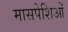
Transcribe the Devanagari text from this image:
मासपेशिओं